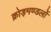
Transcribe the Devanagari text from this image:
क्रोड़मण्डलों